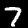
Digit: 7